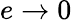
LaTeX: e\rightarrow 0